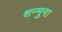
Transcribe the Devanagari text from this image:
शन्मुगा